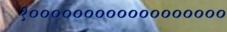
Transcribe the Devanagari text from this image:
१००००००००००००००००००